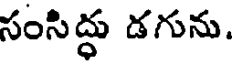
సంసిద్ధు డగును.